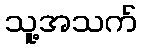
သူ့အသက်